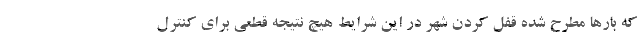
که بارها مطرح شده قفل کردن شهر در این شرایط هیچ نتیجه قطعی برای کنترل